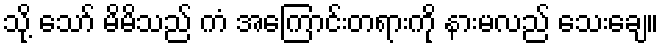
သို့ သော် မိမိသည် ကံ အကြောင်းတရားကို နားမလည် သေးချေ။